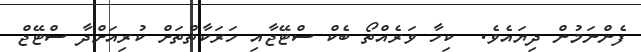
ފެންނަމުން ދިޔައެވެ.  ކިހާ ވަރެއްތޯ ބެކް ސްޓޭޖާއި ހަރަކާތްތަށް ކުރިއަށްދާ ސްޓޭޖް